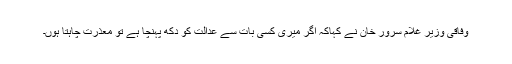
وفاقی وزیر غلام سرور خان نے کہاکہ اگر میری کسی بات سے عدالت کو دکھ پہنچا ہے تو معذرت چاہتا ہوں۔